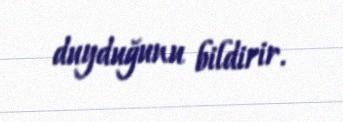
duyduğunu bildirir.